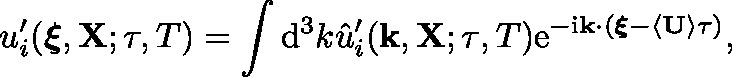
u _ { i } ^ { \prime } ( \boldsymbol { \xi } , \mathbf { X } ; \tau , T ) = \int \mathrm { d } ^ { 3 } k \hat { u } _ { i } ^ { \prime } ( \mathbf { k } , \mathbf { X ; \tau } , T ) \mathrm { e } ^ { - \mathrm { i } \mathbf { k } \cdot ( \boldsymbol { \xi } - \left\langle \mathbf { U } \right\rangle \tau ) } ,